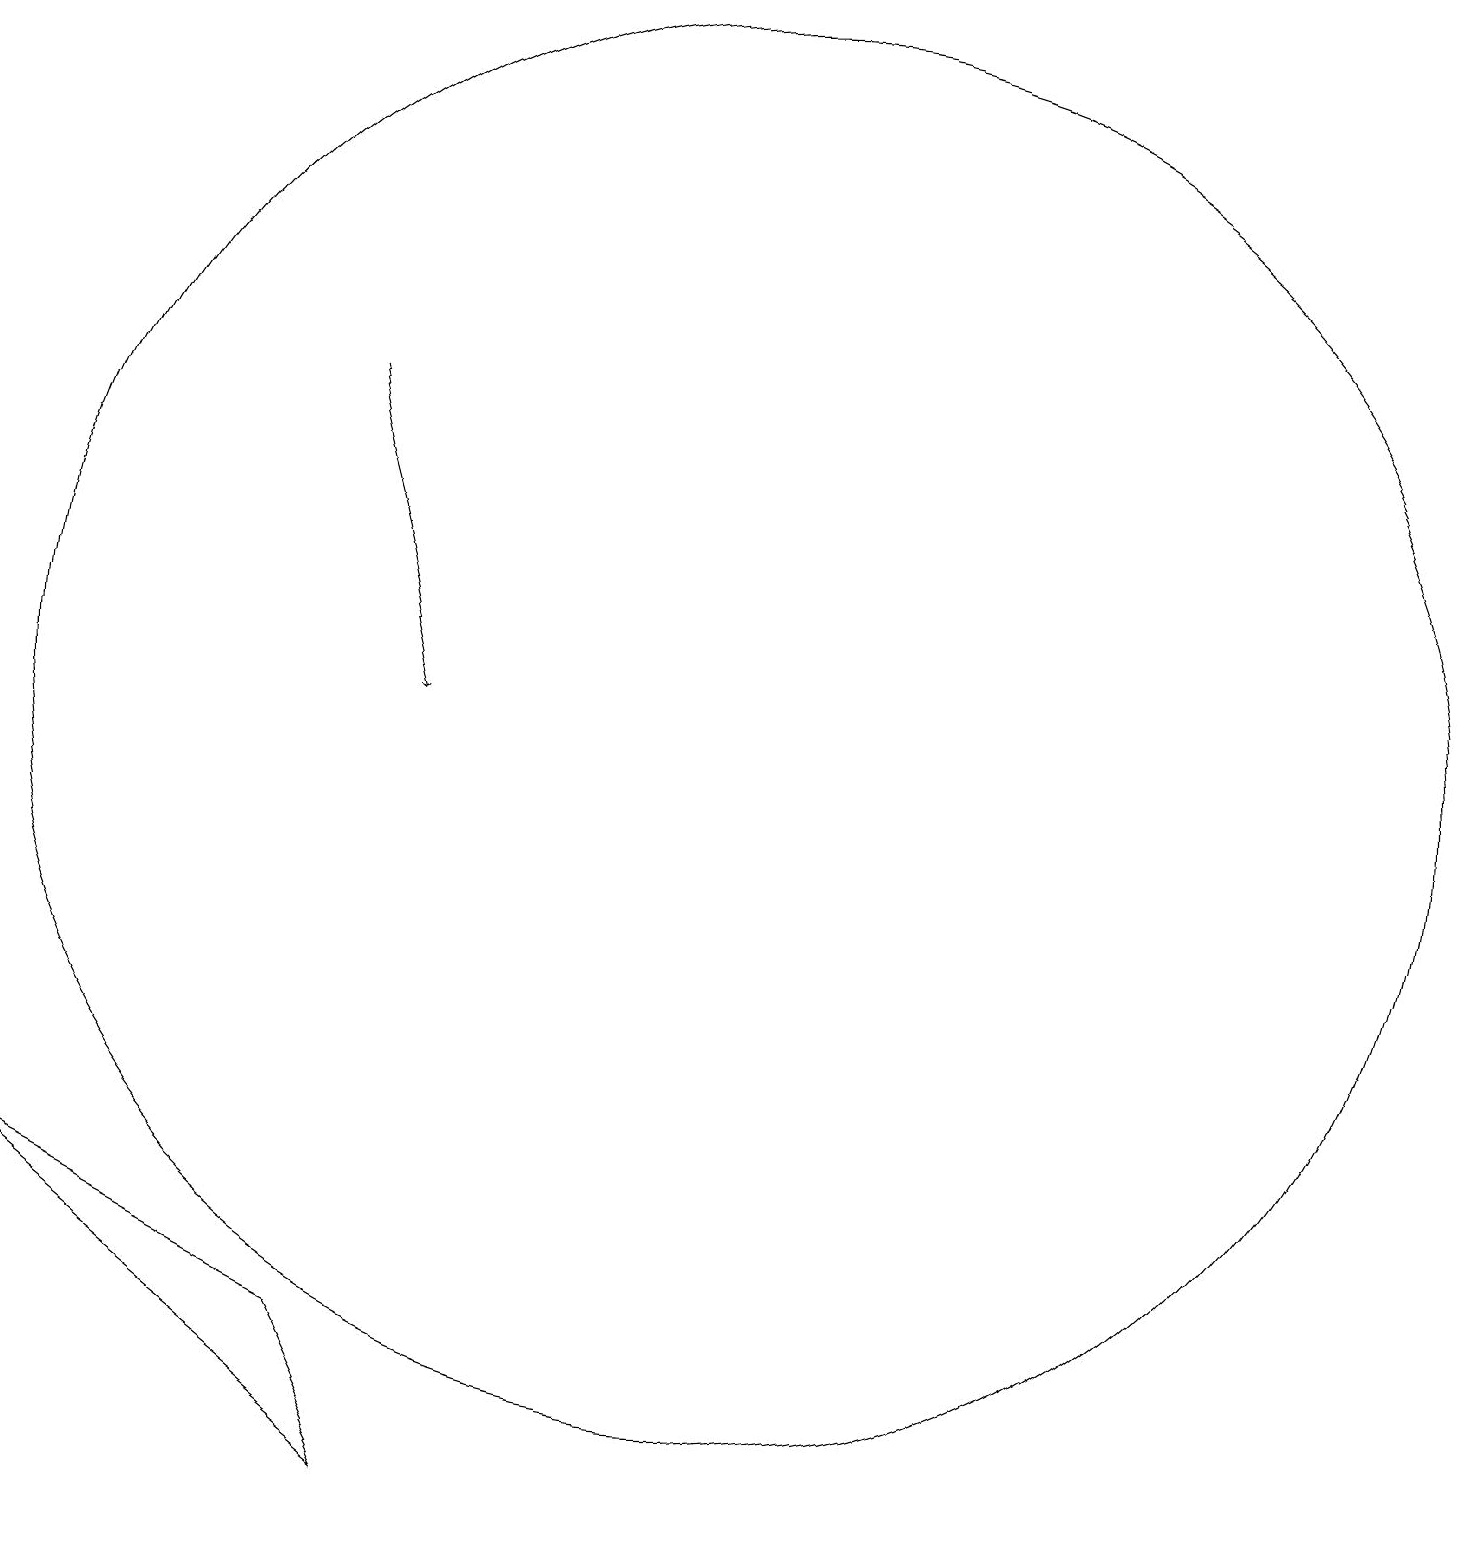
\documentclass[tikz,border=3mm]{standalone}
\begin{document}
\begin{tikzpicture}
\draw (11,10) circle (9);
\draw (6,2) -- (2,4) -- (7,0) -- cycle;
\draw[->] (6,14) -- (7,10);
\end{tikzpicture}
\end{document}